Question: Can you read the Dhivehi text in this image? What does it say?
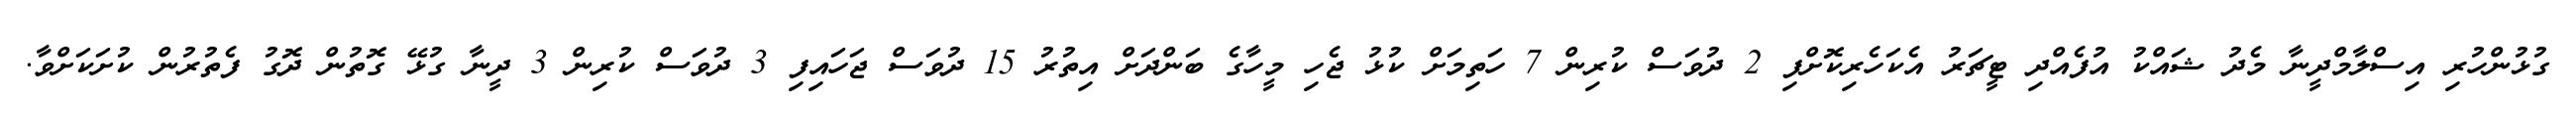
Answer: ގުޅުންހުރި އިސްލާމްދީނާ މެދު ޝައްކު އުފެއްދި ޓީޗަރު އެކަހެރިކޮށްފި 2 ދުވަސް ކުރިން 7 ހަތިމަށް ކުޅު ޖެހި މީހާގެ ބަންދަށް އިތުރު 15 ދުވަސް ޖަހައިފި 3 ދުވަސް ކުރިން 3 ދީނާ ގުޅޭ ގޮތުން ދޮގު ފެތުރުން ކުށަކަށްވާ.